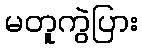
မတူကွဲပြား